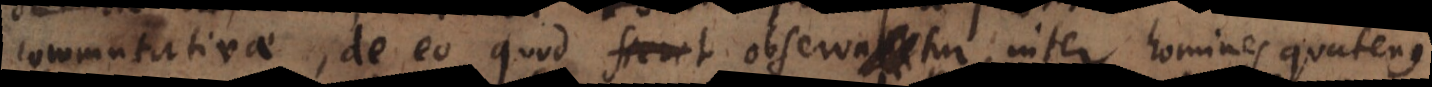
commutativae, de eo quod fieret observabitur inter ho